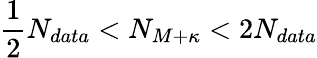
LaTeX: \frac{1}{2}N_{data}<N_{M+\kappa}<2N_{data}